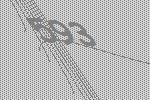
593